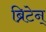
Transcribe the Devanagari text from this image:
ब्रिटेन्